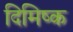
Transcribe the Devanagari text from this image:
दिमिष्क